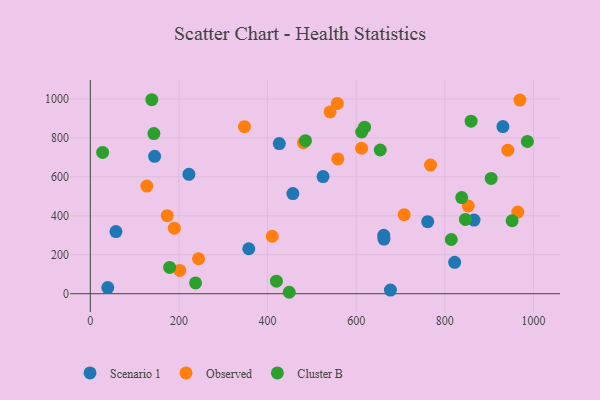
{"axis": {"x": "Price", "y": "Salary"}, "legend": ["Cluster B", "Observed", "Scenario 1"], "data": [{"x": "426.4", "y": 770.7, "type": "Scenario 1"}, {"x": "57.9", "y": 319.1, "type": "Scenario 1"}, {"x": "761.3", "y": 369.7, "type": "Scenario 1"}, {"x": "457.1", "y": 514.4, "type": "Scenario 1"}, {"x": "222.5", "y": 613.2, "type": "Scenario 1"}, {"x": "662.1", "y": 299.7, "type": "Scenario 1"}, {"x": "931.0", "y": 857.9, "type": "Scenario 1"}, {"x": "677.2", "y": 18.5, "type": "Scenario 1"}, {"x": "525.1", "y": 601.4, "type": "Scenario 1"}, {"x": "822.1", "y": 161.3, "type": "Scenario 1"}, {"x": "39.4", "y": 31.6, "type": "Scenario 1"}, {"x": "145.1", "y": 705.6, "type": "Scenario 1"}, {"x": "357.6", "y": 230.9, "type": "Scenario 1"}, {"x": "662.6", "y": 280.5, "type": "Scenario 1"}, {"x": "865.8", "y": 378.3, "type": "Scenario 1"}, {"x": "173.5", "y": 400.9, "type": "Observed"}, {"x": "558.5", "y": 691.8, "type": "Observed"}, {"x": "541.0", "y": 933.5, "type": "Observed"}, {"x": "612.1", "y": 746.9, "type": "Observed"}, {"x": "244.3", "y": 179.6, "type": "Observed"}, {"x": "708.2", "y": 405.8, "type": "Observed"}, {"x": "852.8", "y": 450.3, "type": "Observed"}, {"x": "347.8", "y": 857.7, "type": "Observed"}, {"x": "969.4", "y": 994.2, "type": "Observed"}, {"x": "480.9", "y": 775.2, "type": "Observed"}, {"x": "964.5", "y": 419.3, "type": "Observed"}, {"x": "942.1", "y": 737.1, "type": "Observed"}, {"x": "767.7", "y": 660.4, "type": "Observed"}, {"x": "189.6", "y": 336.6, "type": "Observed"}, {"x": "201.7", "y": 119.5, "type": "Observed"}, {"x": "557.4", "y": 977.1, "type": "Observed"}, {"x": "127.5", "y": 552.6, "type": "Observed"}, {"x": "410.5", "y": 295.1, "type": "Observed"}, {"x": "420.0", "y": 64.3, "type": "Cluster B"}, {"x": "814.5", "y": 278.4, "type": "Cluster B"}, {"x": "838.0", "y": 493.4, "type": "Cluster B"}, {"x": "904.5", "y": 591.8, "type": "Cluster B"}, {"x": "179.0", "y": 134.8, "type": "Cluster B"}, {"x": "986.2", "y": 781.8, "type": "Cluster B"}, {"x": "618.9", "y": 855.1, "type": "Cluster B"}, {"x": "485.5", "y": 786.0, "type": "Cluster B"}, {"x": "138.7", "y": 996.0, "type": "Cluster B"}, {"x": "951.8", "y": 374.5, "type": "Cluster B"}, {"x": "448.8", "y": 7.4, "type": "Cluster B"}, {"x": "846.3", "y": 381.4, "type": "Cluster B"}, {"x": "27.8", "y": 725.3, "type": "Cluster B"}, {"x": "237.5", "y": 55.4, "type": "Cluster B"}, {"x": "654.2", "y": 738.0, "type": "Cluster B"}, {"x": "859.2", "y": 885.9, "type": "Cluster B"}, {"x": "612.3", "y": 830.4, "type": "Cluster B"}, {"x": "143.5", "y": 822.3, "type": "Cluster B"}]}